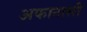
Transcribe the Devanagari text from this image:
अफानासी